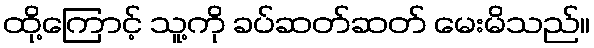
ထို့ကြောင့် သူ့ကို ခပ်ဆတ်ဆတ် မေးမိသည်။